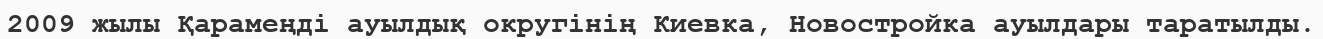
2009 жылы Қарамеңді ауылдық округінің Киевка, Новостройка ауылдары таратылды.